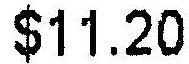
$11.20